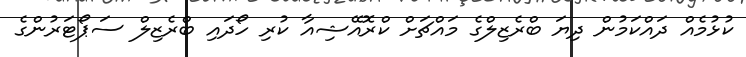
ކުޅުމެއް ދައްކަމުން ދިޔަ ބްރެޒިލްގެ މައްޗަށް ކްރޮއޭޝިއާ ކުރި ހޯދައި ބްރެޒިލް ސަޕޯޓަރުންގެ